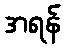
အရန်